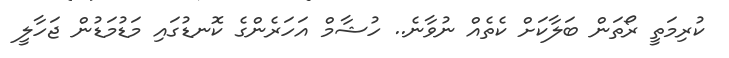
ކުރިމަތީ ރޯތަން ބަލާކަށް ކެތެއް ނުވާނެ.. ހުޝާމް އަހަރެންގެ ކޮނޑުގައި މަޑުމަޑުން ޖަހާލީ